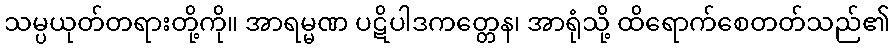
သမ္ပယုတ်တရားတို့ကို။ အာရမ္မဏ ပဋိပါဒကတ္တေန၊ အာရုံသို့ ထိရောက်စေတတ်သည်၏